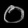
Digit: ၀